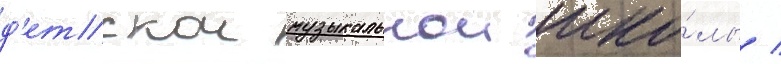
д'етскои музыкальнои шко́лы /